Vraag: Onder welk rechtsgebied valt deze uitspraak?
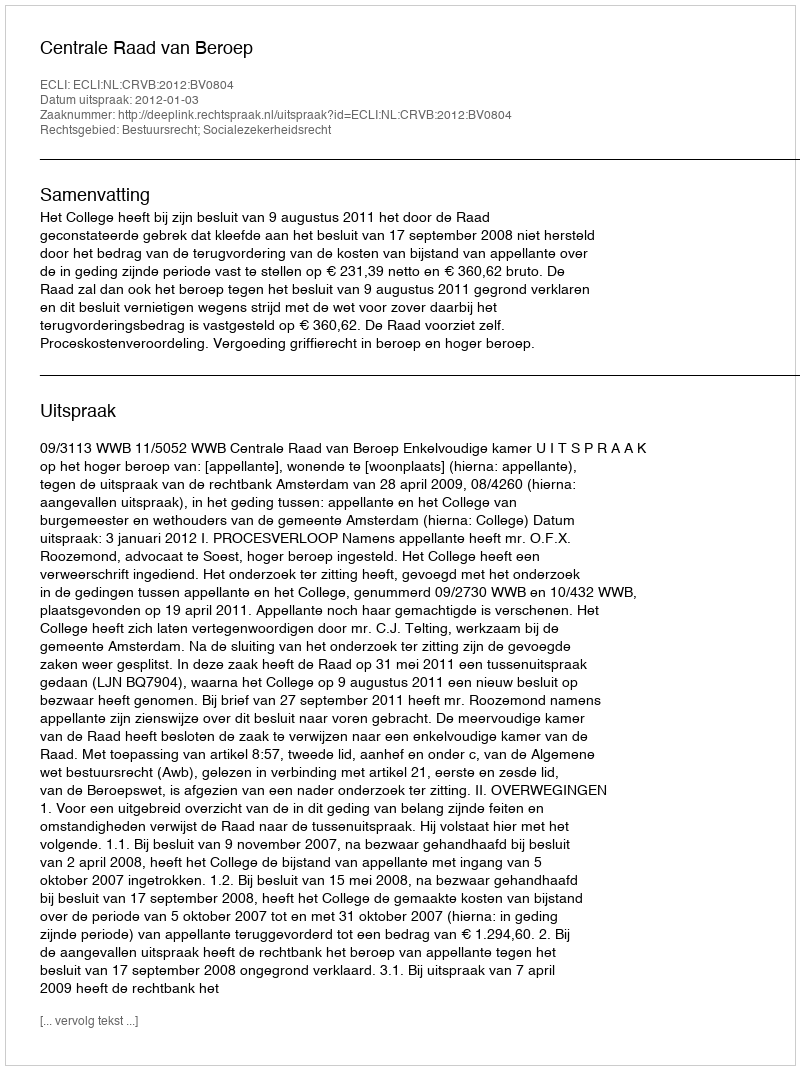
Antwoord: Bestuursrecht; Socialezekerheidsrecht